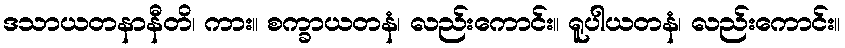
ဒသာယတနာနီတိ၊ ကား။ စက္ခာယတနံ၊ လည်းကောင်း။ ရူပါယတနံ၊ လည်းကောင်း။